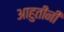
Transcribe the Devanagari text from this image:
आहुतींनी